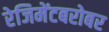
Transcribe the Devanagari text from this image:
रेजिमेंटबरोबर